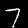
Label: 7